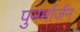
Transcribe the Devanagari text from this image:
पुनर्मार्जन